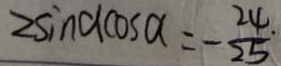
2 \sin a \cos a = - \frac { 2 4 } { 2 5 }